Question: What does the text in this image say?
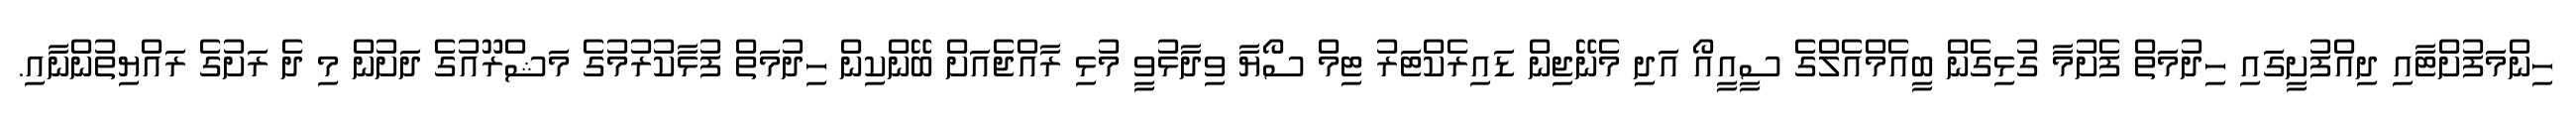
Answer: ހިންމަފުށްޓާއި ދިއްފުށީގައި ހިދުމަތް ފެށުމާ ގުޅިގެން ބީއެމްއެލްގެ ސީއީއޯ އަދި މެނޭޖިން ޑައިރެކްޓަރު ޓިމް ސޯޔާ ވިދާޅުވީ މުޅި ރާއްޖެއަށް ބޭންކިން ހިދުމަތް ފުޅާކުރުމުގެ މަޝްރޫއުގެ ދަށުން މި ދެ ރަށުގެ ރައްޔިތުންނާއި.